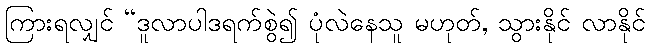
ကြားရလျှင် “ဒူလာပါဒရက်စွဲ၍ ပုံလဲနေသူ မဟုတ်, သွားနိုင် လာနိုင်